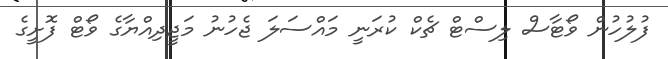
ފުލުހުން ވޯޓާސް ލިސްޓް ޗެކް ކުރަނީ މައްސަލަ ޖެހުނު މަޖީދިއްޔާގެ ވޯޓް ފޮށީގެ